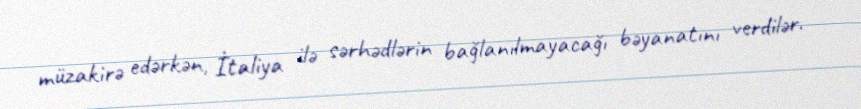
müzakirə edərkən, İtaliya ilə sərhədlərin bağlanılmayacağı bəyanatını verdilər.